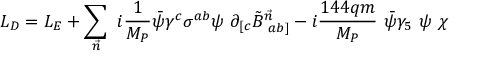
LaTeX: { \cal { L } } _ { D } = { \cal { L } } _ { E } + \sum _ { \vec { n } } ~ i { \frac { 1 } { M _ { P } } } \bar { \psi } \gamma ^ { c } \sigma ^ { a b } \psi ~ \partial _ { [ c } { \tilde { B } ^ { \vec { n } } } _ { ~ a b ] } - i { \frac { 1 4 4 q m } { M _ { P } } } ~ \bar { \psi } \gamma _ { 5 } ~ \psi ~ \chi